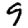
Digit: 9